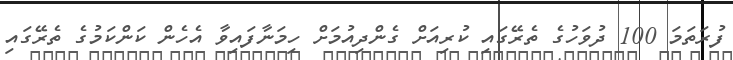
ފުރަތަމަ 100 ދުވަހުގެ ތެރޭގައި ކުރިއަށް ގެންދިއުމަށް ހިމަނާފައިވާ އެހެން ކަންކަމުގެ ތެރޭގައި